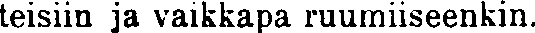
teisiin ja vaikkapa ruumiiseenkin.